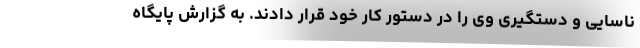
ناسایی و دستگیری وی را در دستور کار خود قرار دادند. به گزارش پایگاه